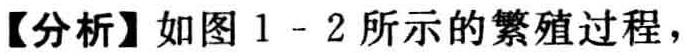
【分析】如图 1 - 2 所示的繁殖过程，